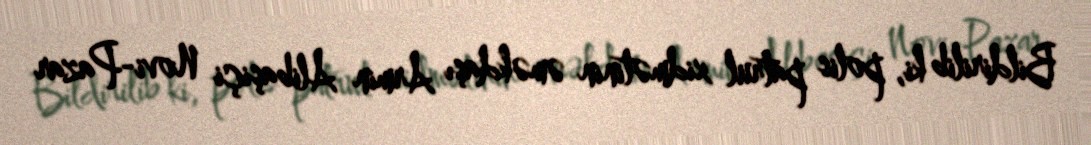
Bildirilib ki, polis patrul xidmətinin əməkdaşı Armin Alibaşiçi Novi-Pazar